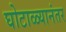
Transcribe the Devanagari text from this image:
घोटाळ्यानंतर